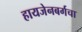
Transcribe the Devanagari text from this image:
हायजेनबर्गचा